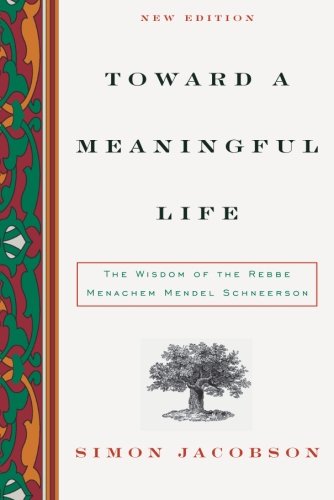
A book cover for Toward a Meaningful Life, New Edition: The Wisdom of the Rebbe Menachem Mendel Schneerson; Simon Jacobson; Religion & Spirituality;